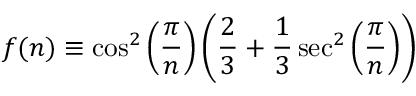
f ( n ) \equiv \cos ^ { 2 } \left( \frac { \pi } { n } \right) \left( \frac { 2 } { 3 } + \frac { 1 } { 3 } \sec ^ { 2 } \left( \frac { \pi } { n } \right) \right)